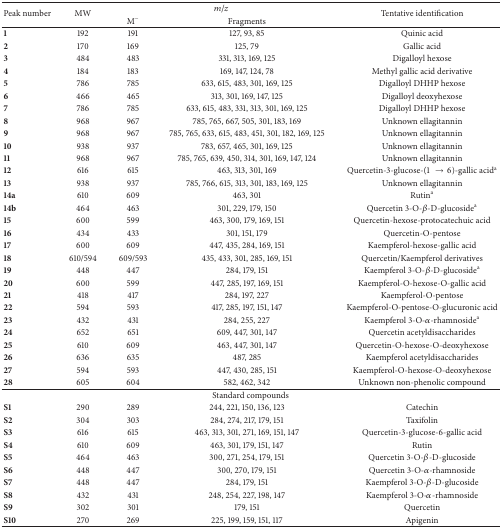
<table><thead><tr><td rowspan="2"><b>Peak number</b></td><td rowspan="2"><b>MW</b></td><td colspan="2"><b><i>m</i>/<i>z</i></b></td><td rowspan="2"><b>Tentative identification</b></td></tr><tr><td><b>M<sup>−</sup></b></td><td><b>Fragments</b></td></tr></thead><tbody><tr><td><b>1</b></td><td>192</td><td>191</td><td>127, 93, 85</td><td>Quinic acid</td></tr><tr><td><b>2</b></td><td>170</td><td>169</td><td>125, 79</td><td>Gallic acid</td></tr><tr><td><b>3</b></td><td>484</td><td>483</td><td>331, 313, 169, 125</td><td>Digalloyl hexose</td></tr><tr><td><b>4</b></td><td>184</td><td>183</td><td>169, 147, 124, 78</td><td>Methyl gallic acid derivative</td></tr><tr><td><b>5</b></td><td>786</td><td>785</td><td>633, 615, 483, 301, 169, 125</td><td>Digalloyl DHHP hexose</td></tr><tr><td><b>6</b></td><td>466</td><td>465</td><td>313, 301, 169, 147, 125</td><td>Digalloyl deoxyhexose</td></tr><tr><td><b>7</b></td><td>786</td><td>785</td><td>633, 615, 483, 331, 313, 301, 169, 125</td><td>Digalloyl DHHP hexose</td></tr><tr><td><b>8</b></td><td>968</td><td>967</td><td>785, 765, 667, 505, 301, 183, 169</td><td>Unknown ellagitannin</td></tr><tr><td><b>9</b></td><td>968</td><td>967</td><td>785, 765, 633, 615, 483, 451, 301, 182, 169, 125</td><td>Unknown ellagitannin</td></tr><tr><td><b>10</b></td><td>938</td><td>937</td><td>783, 657, 465, 301, 169, 125</td><td>Unknown ellagitannin</td></tr><tr><td><b>11</b></td><td>968</td><td>967</td><td>785, 765, 639, 450, 314, 301, 169, 147, 124</td><td>Unknown ellagitannin</td></tr><tr><td><b>12</b></td><td>616</td><td>615</td><td>463, 313, 301, 169</td><td>Quercetin-3-glucose-(1 → 6)-gallic acid<sup>a</sup></td></tr><tr><td><b>13</b></td><td>938</td><td>937</td><td>785, 766, 615, 313, 301, 183, 169, 125</td><td>Unknown ellagitannin</td></tr><tr><td><b>14a</b></td><td>610</td><td>609</td><td>463, 301</td><td>Rutin<sup>a</sup></td></tr><tr><td><b>14b</b></td><td>464</td><td>463</td><td>301, 229, 179, 150</td><td>Quercetin 3-O-<i>β</i>-D-glucoside<sup>a</sup></td></tr><tr><td><b>15</b></td><td>600</td><td>599</td><td>463, 300, 179, 169, 151</td><td>Quercetin-hexose-protocatechuic acid</td></tr><tr><td><b>16</b></td><td>434</td><td>433</td><td>301, 151, 179</td><td>Quercetin-O-pentose</td></tr><tr><td><b>17</b></td><td>600</td><td>609</td><td>447, 435, 284, 169, 151</td><td>Kaempferol-hexose-gallic acid</td></tr><tr><td><b>18</b></td><td>610/594</td><td>609/593</td><td>435, 433, 301, 285, 169, 151</td><td>Quercetin/Kaempferol derivatives</td></tr><tr><td><b>19</b></td><td>448</td><td>447</td><td>284, 179, 151</td><td>Kaempferol 3-O-<i>β</i>-D-glucoside<sup>a</sup></td></tr><tr><td><b>20</b></td><td>600</td><td>599</td><td>447, 285, 197, 169, 151</td><td>Kaempferol-O-hexose-O-gallic acid</td></tr><tr><td><b>21</b></td><td>418</td><td>417</td><td>284, 197, 227</td><td>Kaempferol-O-pentose</td></tr><tr><td><b>22</b></td><td>594</td><td>593</td><td>417, 285, 197, 151, 147</td><td>Kaempferol-O-pentose-O-glucuronic acid</td></tr><tr><td><b>23</b></td><td>432</td><td>431</td><td>284, 255, 227</td><td>Kaempferol 3-O-<i>α</i>-rhamnoside<sup>a</sup></td></tr><tr><td><b>24</b></td><td>652</td><td>651</td><td>609, 447, 301, 147</td><td>Quercetin acetyldisaccharides</td></tr><tr><td><b>25</b></td><td>610</td><td>609</td><td>463, 447, 301, 147</td><td>Quercetin-O-hexose-O-deoxyhexose</td></tr><tr><td><b>26</b></td><td>636</td><td>635</td><td>487, 285</td><td>Kaempferol acetyldisaccharides</td></tr><tr><td><b>27</b></td><td>594</td><td>593</td><td>447, 430, 285, 151</td><td>Kaempferol-O-hexose-O-deoxyhexose</td></tr><tr><td><b>28</b></td><td>605</td><td>604</td><td>582, 462, 342</td><td>Unknown non-phenolic compound</td></tr><tr><td colspan="5">Standard compounds</td></tr><tr><td><b>S1</b></td><td>290</td><td>289</td><td>244, 221, 150, 136, 123</td><td>Catechin</td></tr><tr><td><b>S2</b></td><td>304</td><td>303</td><td>284, 274, 217, 179, 151</td><td>Taxifolin</td></tr><tr><td><b>S3</b></td><td>616</td><td>615</td><td>463, 313, 301, 271, 169, 151, 147</td><td>Quercetin-3-glucose-6-gallic acid</td></tr><tr><td><b>S4</b></td><td>610</td><td>609</td><td>463, 301, 179, 151, 147</td><td>Rutin</td></tr><tr><td><b>S5</b></td><td>464</td><td>463</td><td>300, 271, 254, 179, 151</td><td>Quercetin 3-O-<i>β</i>-D-glucoside</td></tr><tr><td><b>S6 </b></td><td>448</td><td>447</td><td>300, 270, 179, 151</td><td>Quercetin 3-O-<i>α</i>-rhamnoside</td></tr><tr><td><b>S7</b></td><td>448</td><td>447</td><td>284, 179, 151</td><td>Kaempferol 3-O-<i>β</i>-D-glucoside</td></tr><tr><td><b>S8</b></td><td>432</td><td>431</td><td>248, 254, 227, 198, 147</td><td>Kaempferol 3-O-<i>α</i>-rhamnoside</td></tr><tr><td><b>S9</b></td><td>302</td><td>301</td><td>179, 151</td><td>Quercetin</td></tr><tr><td><b>S10</b></td><td>270</td><td>269</td><td>225, 199, 159, 151, 117</td><td>Apigenin</td></tr></tbody></table>